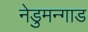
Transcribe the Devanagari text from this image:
नेडुमन्गाड